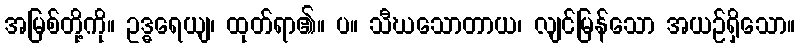
အမြစ်တို့ကို။ ဥဒ္ဓရေယျ၊ ထုတ်ရာ၏။ ပ။ သီဃသောတာယ၊ လျင်မြန်သော အယဉ်ရှိသော။